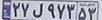
۲۷ل۹۷۳۵۳